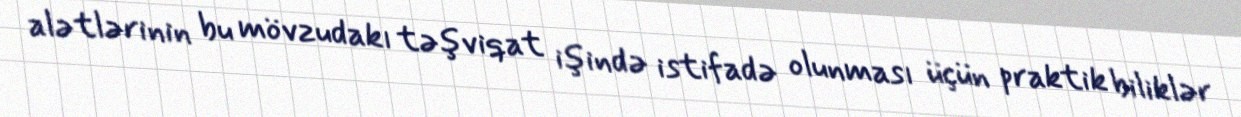
alətlərinin bu mövzudakı təşviqat işində istifadə olunması üçün praktik biliklər